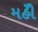
મહીઁ